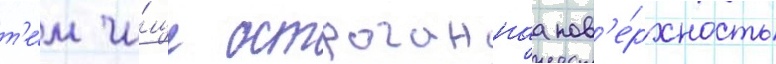
т'е́м чи́ще остроганнаа пов'е́рхность